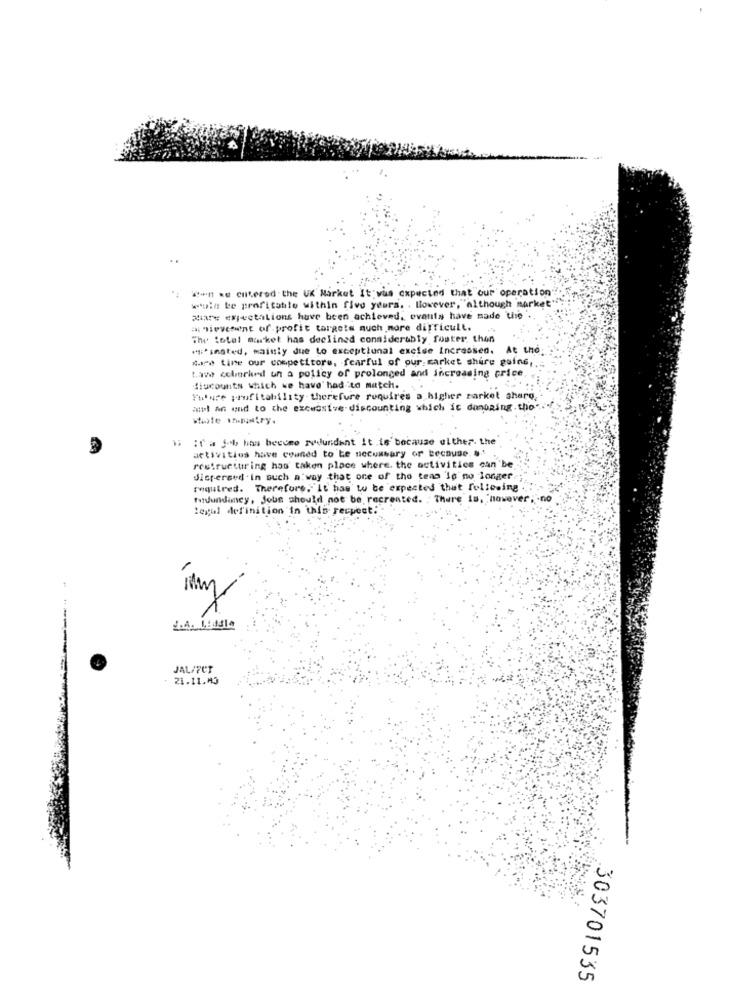
Win ke entered the UK Market It was expected that our operation
wwin be profitable within five years. . However, although market"
ziare expectations have been achieved, events have made the ..
a nievement of profit targets much more difficult.
The Hotel market has declined considerably foster. then
** inated, mainly due to exceptional excise Increased. At the
mare tine our competitors, fearful of our market share guine ,..
Law ochmarked un a policy of prolonged and increasing price
flucounts which we have had to match.
Future profitability-therefure requires a higher market sharg.
anul an end to the excessive-discounting which is donoRing. tho".
if a job has become redundant it is because ulther. the
activities have couned to be necessary or because. ..
restructuring has taken place where. the activities can be
dispersed in such a way that one of the team io no longer
aquired. Therefore. It has to be expected that following
tudundiney, Jobs should not be, recreated. . There Is, however
legal definition in this respect:
JAL/FUT
21.11.43
303701535